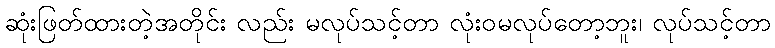
ဆုံးဖြတ်ထားတဲ့အတိုင်း လည်း မလုပ်သင့်တာ လုံးဝမလုပ်တော့ဘူး၊ လုပ်သင့်တာ